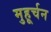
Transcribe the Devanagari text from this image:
मुहूर्चन